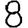
Digit: 8